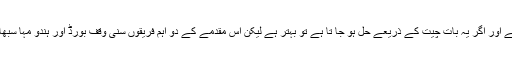
عدالت کا کہنا تھا کہ یہ ایک حساس معاملہ ہے اور اگر یہ بات چیت کے ذریعے حل ہو جا تا ہے تو بہتر ہے لیکن اس مقدمے کے دو اہم فریقوں سنی وقف بورڈ اور ہندو مہا سبھا نےفیصلہ موخر کرنے کی مخالفت کی تھی۔